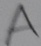
Text: A